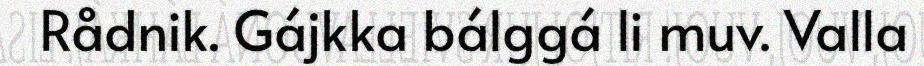
Rådnik. Gájkka bálggá li muv. Valla